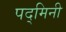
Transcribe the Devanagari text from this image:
पद्‌मिनी